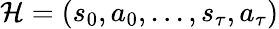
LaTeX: \mathcal{H}=(s_{0},a_{0},...,s_{\tau},a_{\tau})